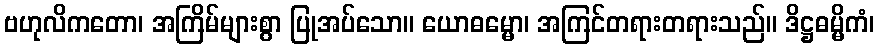
ဗဟုလိကတော၊ အကြိမ်များစွာ ပြုအပ်သော။ ယောဓမ္မော၊ အကြင်တရားတရားသည်။ ဒိဋ္ဌဓမ္မိကံ၊